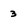
Character: 3